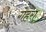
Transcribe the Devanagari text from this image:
गेहरा